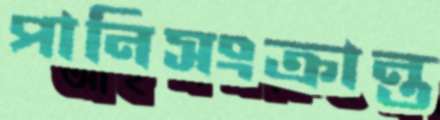
পানিসংক্রান্ত